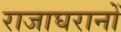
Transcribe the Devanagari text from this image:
राजाघरानों